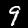
Label: 9